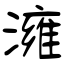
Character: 澭